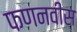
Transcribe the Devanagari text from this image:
फणनवीस